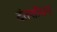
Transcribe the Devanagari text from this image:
दंतशोधन